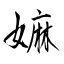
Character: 嫲